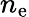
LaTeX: n_{\mathrm{e}}